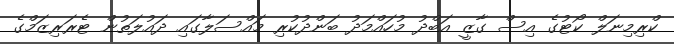
ކްރިމިނަލް ކޯޓުގެ އިސް ގާޒީ އަބްދު މުހައްމަދު ބަންދުކުރި މައްސަލާގައި ދައުލަތުން ޓެރަރިޒަމްގެ